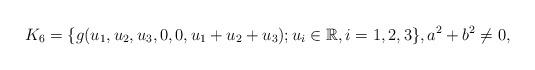
LaTeX: \begin{align*} K_{6}=\{g(u_1,u_2,u_3,0,0,u_1+u_2+u_3); u_i \in \mathbb R, i=1,2,3 \}, a^2+b^2\neq 0, \end{align*}